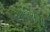
ઓરિસાની